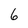
Character: 6